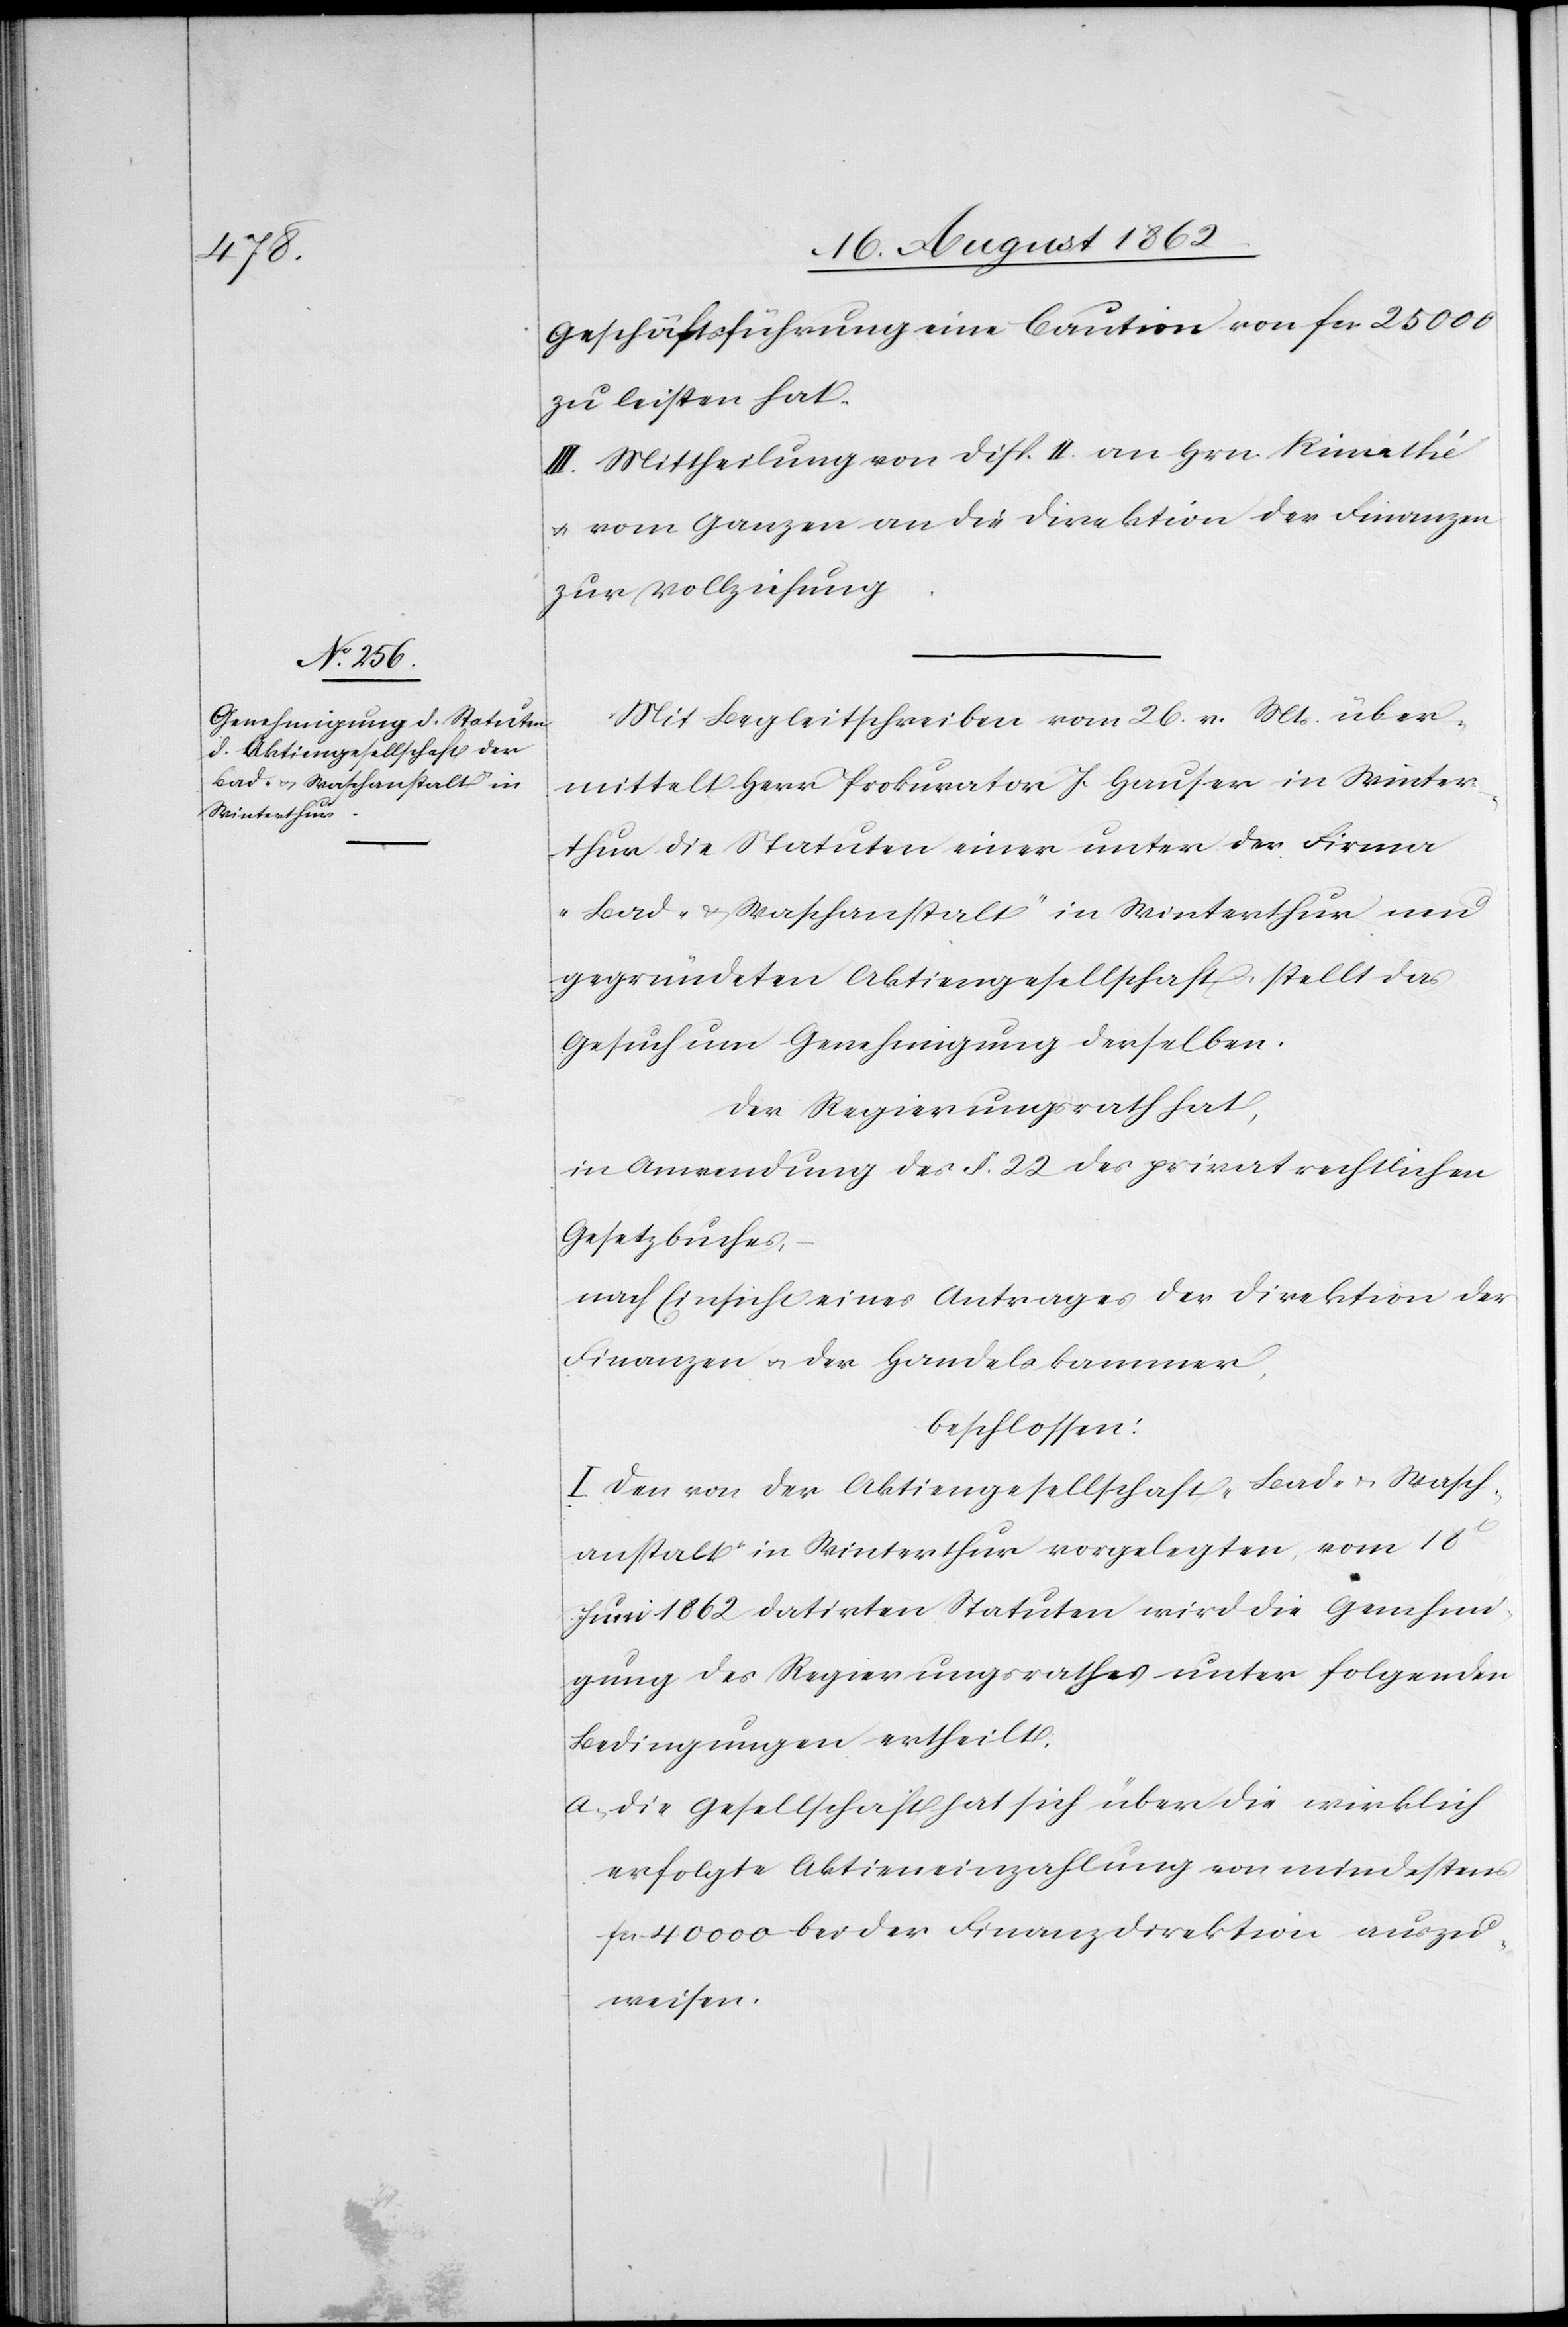
Geschäftsführung eine Caution von fcs. 25 000
zu leisten hat.
III. Mittheilung von Disp. II an Hrn. Rimathé
u. vom Ganzen an die Direktion der Finanzen
zur Vollziehung.
Mit Begleitschreiben vom 26.v. Mts. über¬
mittelt Herr Prokurator J. Hauser in Winter¬
thur die Statuten einer unter der Firma
„Bad- u. Waschanstalt“ in Winterthur neu
gegründeten Aktiengesellschaft stellt das
Gesuch um Genehmigung derselben.
Der Regierungsrath hat,
in Anwendung des §. 22 des privatrechtlichen
Gesetzbuches,
nach Einsicht eines Antrages der Direktion der
Finanzen u. der Handelskammer,
beschlossen:
I. Den von der Aktiengesellschaft „Bad- u. Wasch¬
anstalt“ in Winterthur vorgelegten vom 18t
Juni 1862 datirten Statuten wird die Genehmi¬
gung des Regierungsrathes unter folgenden
Bedingungen ertheilt.
a. die Gesellschaft hat sich über die wirklich
erfolgte Aktieneinzahlung von mindestens
fcs. 40'000 bei der Finanzdirektion auszu¬
weisen.